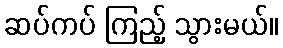
ဆပ်ကပ် ကြည့် သွားမယ်။